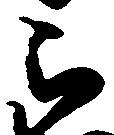
被